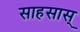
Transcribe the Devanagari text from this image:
साहसास्